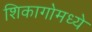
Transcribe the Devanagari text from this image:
शिकागोमध्ये